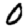
Digit: 0